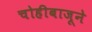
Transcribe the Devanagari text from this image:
चोहीबाजूने